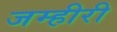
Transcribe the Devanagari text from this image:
जम्हीरी